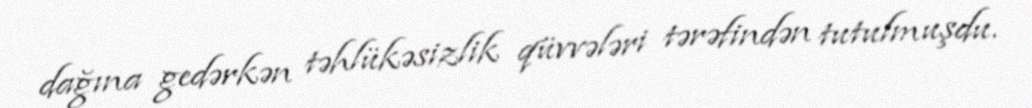
dağına gedərkən təhlükəsizlik qüvvələri tərəfindən tutulmuşdu.